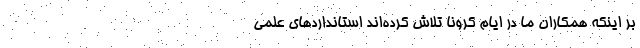
بر اینکه همکاران ما در ایام کرونا تلاش کرده‌اند استانداردهای علمی